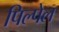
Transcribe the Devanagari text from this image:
पिल्पेल